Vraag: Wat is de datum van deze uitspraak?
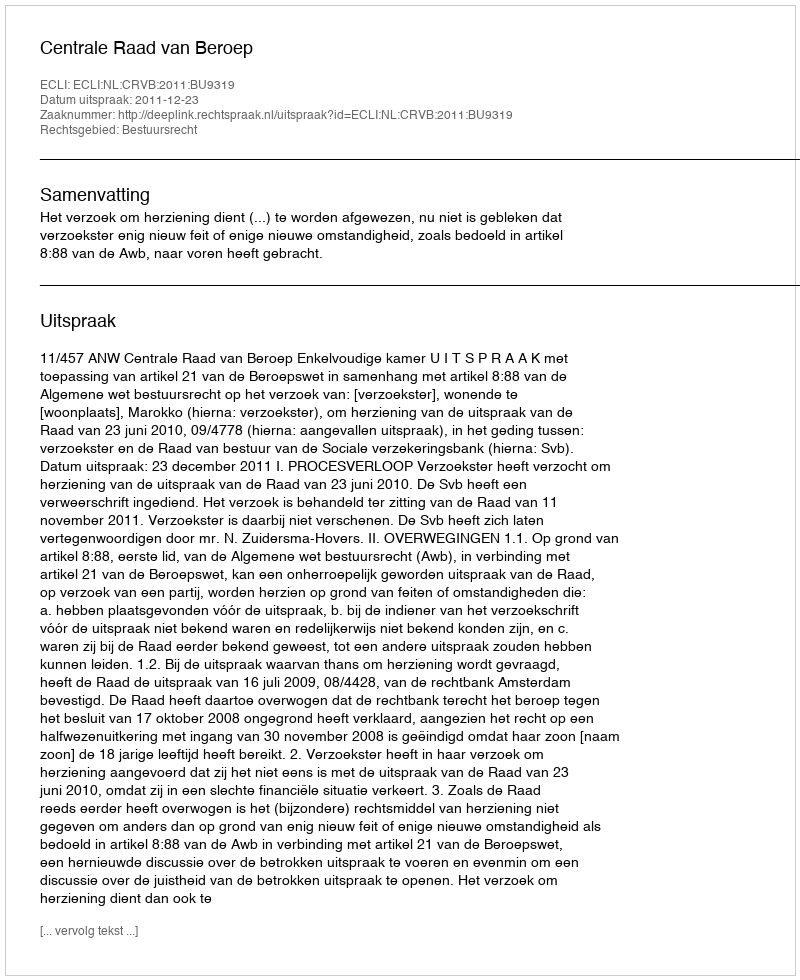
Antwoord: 2011-12-23